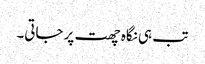
تب ہی نگاہ چھت پر جاتی۔